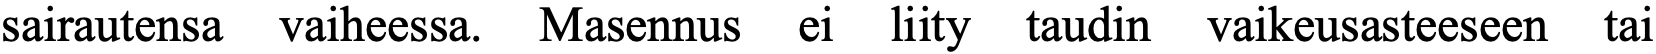
sairautensa vaiheessa. Masennus ei liity taudin vaikeusasteeseen tai